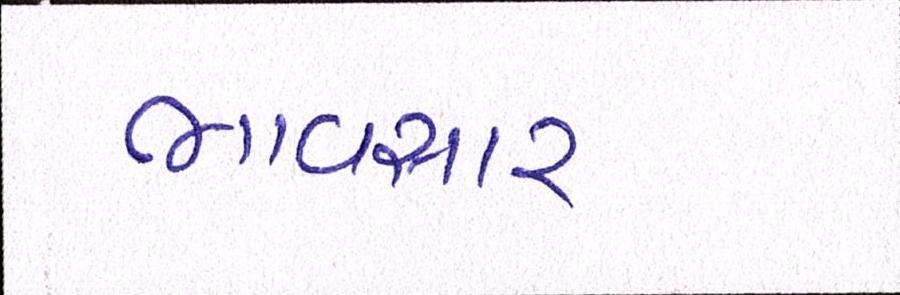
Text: ભાવસારઃ